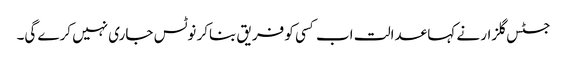
جسٹس گلزار نے کہا عدالت اب کسی کو فریق بناکر نوٹس جاری نہیں کرے گی۔